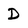
Character: D